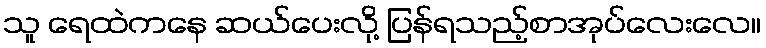
သူ ရေထဲကနေ ဆယ်ပေးလို့ ပြန်ရသည့်စာအုပ်လေးလေ။